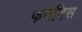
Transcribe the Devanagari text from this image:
फणनिस